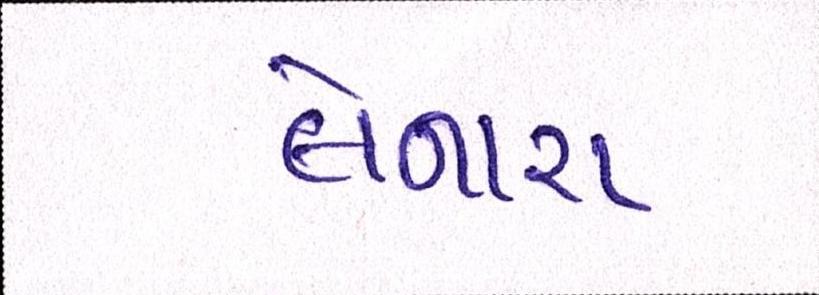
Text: લેનારા